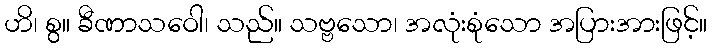
ဟိ၊ စွ။ ခီဏာသဝေါ၊ သည်။ သဗ္ဗသော၊ အလုံးစုံသော အပြားအားဖြင့်။